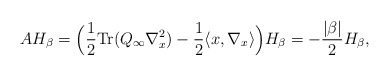
\begin{align*}AH_{\beta}=\Big(\frac{1}{2}\textrm{Tr}(Q_{\infty}\nabla_x^2)-\frac{1}{2}\langle x,\nabla_x\rangle\Big)H_{\beta}=-\frac{|\beta|}{2}H_{\beta},\end{align*}